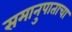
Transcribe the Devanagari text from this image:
समानुपाताचा